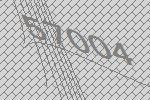
57004